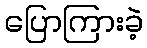
ပြောကြားခဲ့